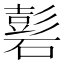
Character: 𥕽